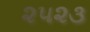
૨૫૨૩